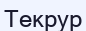
Текрур